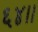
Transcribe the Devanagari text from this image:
६४।।